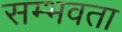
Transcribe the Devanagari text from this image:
सम्भवता